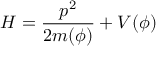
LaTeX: H = \frac { p ^ { 2 } } { 2 m ( \phi ) } + V ( \phi )